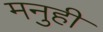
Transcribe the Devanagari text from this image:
मनुही